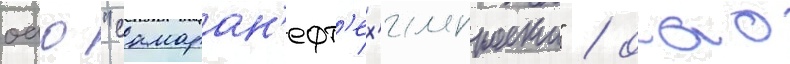
оао "самаран'ефт'ех'импроект" / оао